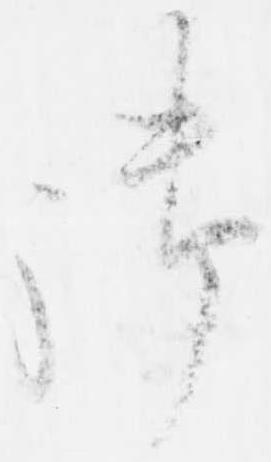
御